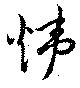
煒